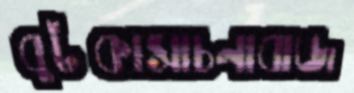
বুটকাসাচনাবাজ